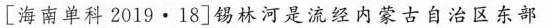
[海南单科2019·18]锡林河是流经内蒙古自治区东部